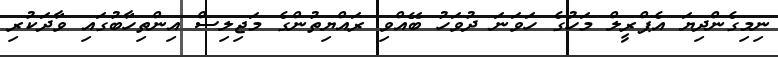
ނިމިގެންދިޔަ އެޕްރީލް މަހުގެ ހަވަނަ ދުވަހު ބޭއްވި ރައްޔިތުންގެ މަޖިލިސް އިންތިހާބުގައި ވާދަކުރި